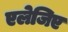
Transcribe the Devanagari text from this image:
एलेजिए